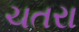
ચતરા